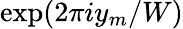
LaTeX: \exp(2\pi iy_{m}/W)